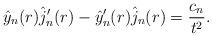
LaTeX: \begin{align*}\hat y_n(r) \hat j_n'(r) - \hat y_n'(r) \hat j_n(r) = \frac{c_n}{t^2}. \end{align*}